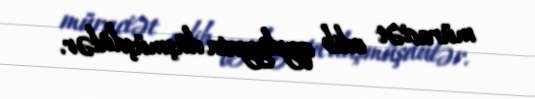
müraciət edib qeydiyyata düşmüşdülər.